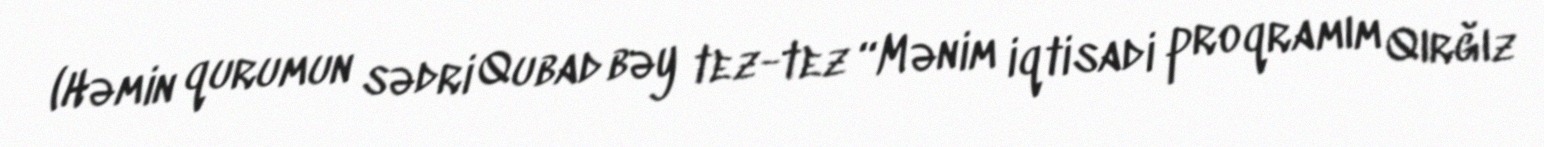
(Həmin qurumun sədri Qubad bəy tez-tez “Mənim iqtisadi proqramım Qırğız